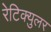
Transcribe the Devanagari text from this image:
रेटिक्युलर